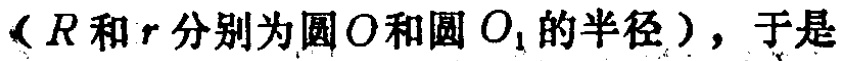
（\(R\)和\(r\)分别为圆\(O\)和圆\(O_{1}\)的半径），于是